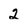
Character: 2